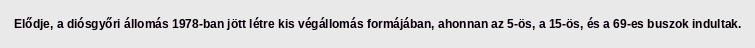
Elődje, a diósgyőri állomás 1978-ban jött létre kis végállomás formájában, ahonnan az 5-ös, a 15-ös, és a 69-es buszok indultak.